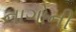
નાગોની